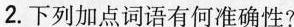
2.下列加点词语有何准确性?